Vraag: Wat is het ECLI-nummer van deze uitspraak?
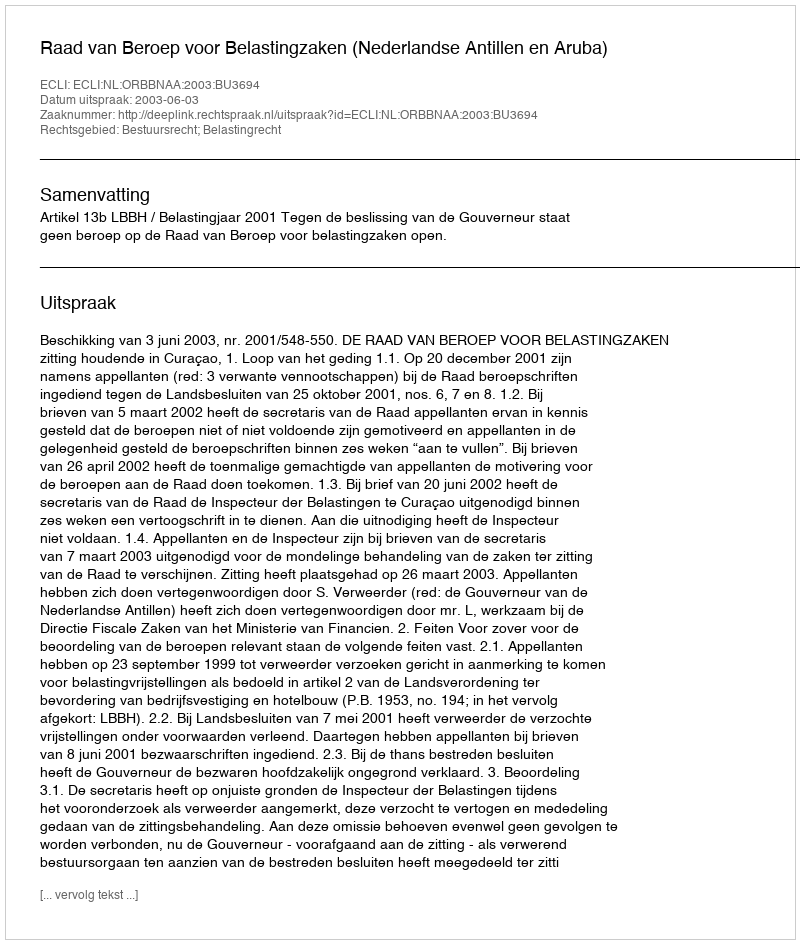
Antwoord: ECLI:NL:ORBBNAA:2003:BU3694